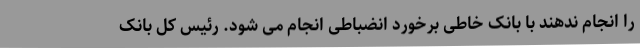
را انجام ندهند با بانک خاطی برخورد انضباطی انجام می شود. رئیس کل بانک